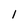
Character: l